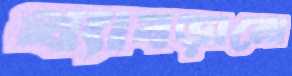
থ্যাবড়ানো